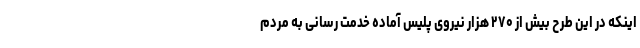
اینکه در این طرح بیش از ۲۷۰ هزار نیروی پلیس آماده خدمت رسانی به مردم